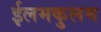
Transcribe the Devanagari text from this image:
ईलमकुलम